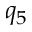
q _ { 5 }